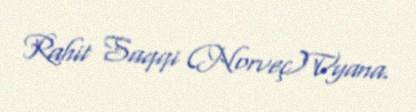
Rahit Saqqi (Norveç)Vyana.